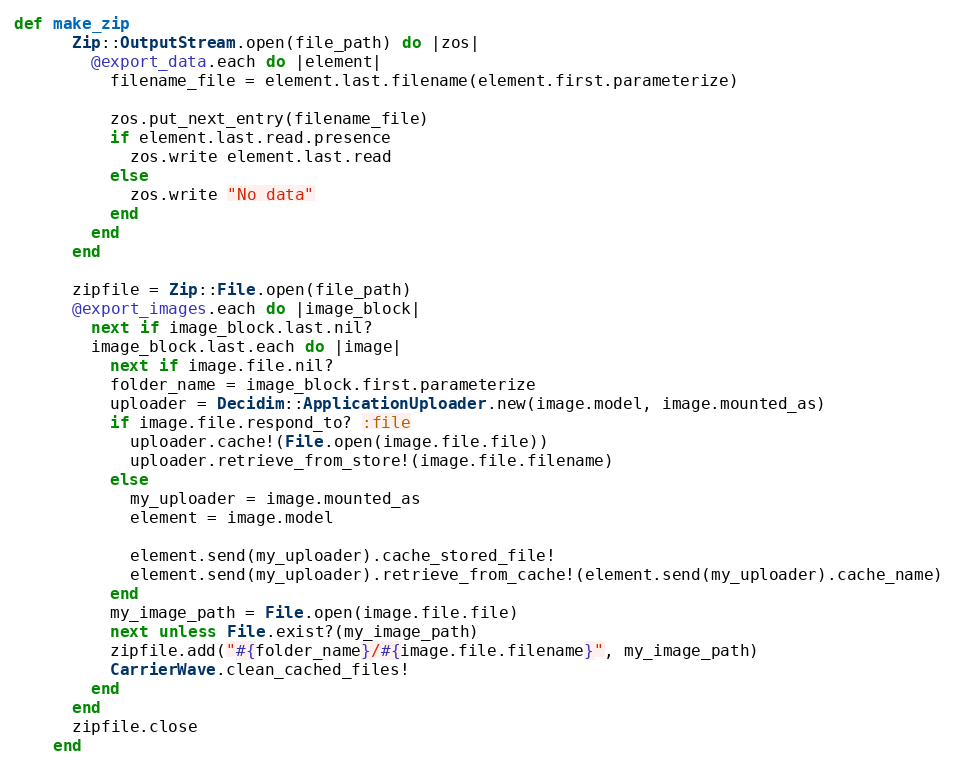
Language: Ruby
def make_zip
      Zip::OutputStream.open(file_path) do |zos|
        @export_data.each do |element|
          filename_file = element.last.filename(element.first.parameterize)

          zos.put_next_entry(filename_file)
          if element.last.read.presence
            zos.write element.last.read
          else
            zos.write "No data"
          end
        end
      end

      zipfile = Zip::File.open(file_path)
      @export_images.each do |image_block|
        next if image_block.last.nil?
        image_block.last.each do |image|
          next if image.file.nil?
          folder_name = image_block.first.parameterize
          uploader = Decidim::ApplicationUploader.new(image.model, image.mounted_as)
          if image.file.respond_to? :file
            uploader.cache!(File.open(image.file.file))
            uploader.retrieve_from_store!(image.file.filename)
          else
            my_uploader = image.mounted_as
            element = image.model

            element.send(my_uploader).cache_stored_file!
            element.send(my_uploader).retrieve_from_cache!(element.send(my_uploader).cache_name)
          end
          my_image_path = File.open(image.file.file)
          next unless File.exist?(my_image_path)
          zipfile.add("#{folder_name}/#{image.file.filename}", my_image_path)
          CarrierWave.clean_cached_files!
        end
      end
      zipfile.close
    end